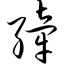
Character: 纤